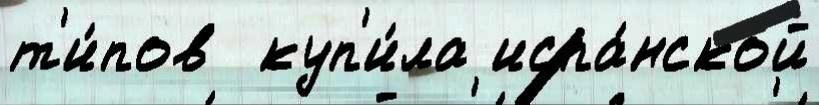
т'и́пов  куп'и́ла испа́нской